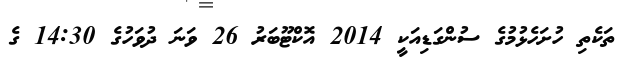
ތަކެތި ހުށަހެޅުމުގެ ސުންގަޑިއަކީ 2014 އޮކްޓޫބަރު 26 ވަނަ ދުވަހުގެ 14:30 ގެ